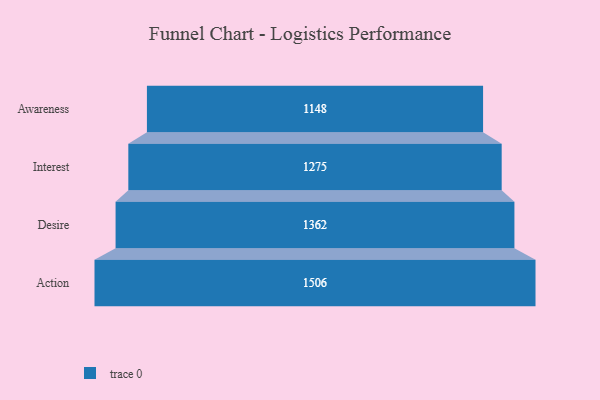
{"axis": {"x": "Stage", "y": "Value"}, "legend": [""], "data": [{"x": "Awareness", "y": 1148.0, "type": ""}, {"x": "Interest", "y": 1275.0, "type": ""}, {"x": "Desire", "y": 1362.0, "type": ""}, {"x": "Action", "y": 1506.0, "type": ""}]}